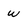
Character: w